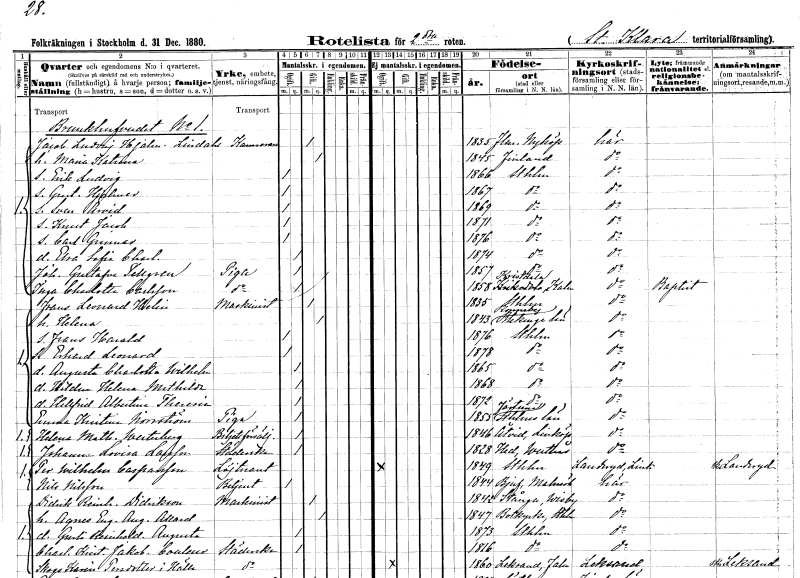
gt_parse: households: individuals: FN: Jacob Ludvig Hjalmar
EN: Lindahl
YRKE: Kamrerare
KON: M
CIV: G
FODAR: 1835
FODFORS: Flen Södermanlands län
FN: Maria Katrina
KON: K
CIV: G
FODAR: 1845
FN: Erik Ludvig
KON: M
CIV: O
FODAR: 1866
FODFORS: Stockholm
FN: Gustaf Hjalmar
KON: M
CIV: O
FODAR: 1867
FODFORS: Stockholm
FN: Sven Arvid
KON: M
CIV: O
FODAR: 1869
FODFORS: Stockholm
FN: Knut Jacob
KON: M
CIV: O
FODAR: 1871
FODFORS: Stockholm
FN: Carl Gunnar
KON: M
CIV: O
FODAR: 1876
FODFORS: Stockholm
FN: Elsa Sofia Charlotta
KON: K
CIV: O
FODAR: 1874
FODFORS: Stockholm
FN: Johanna Gustafva
EN: Tellgren
YRKE: Piga
KON: K
CIV: O
FODAR: 1857
FODFORS: Stockholm
FN: Inga Charlotta
EN: Carlsson
YRKE: Piga
KON: K
CIV: O
FODAR: 1858
FODFORS: Kristdala Kalmar län
FN: Frans Leonard
EN: Helin
YRKE: Maskinist
KON: M
CIV: G
FODAR: 1835
FODFORS: Stockholm
FN: Helena
KON: K
CIV: G
FODAR: 1843
FODFORS: Ronneby Blekinge län
FN: Frans Harald
KON: M
CIV: O
FODAR: 1876
FODFORS: Stockholm
FN: Erhard Leonard
KON: M
CIV: O
FODAR: 1878
FODFORS: Stockholm
FN: Augusta Charlotta Wilhelmina
KON: K
CIV: O
FODAR: 1865
FODFORS: Stockholm
FN: Hildur Helena Mathilda
KON: K
CIV: O
FODAR: 1868
FODFORS: Stockholm
FN: Hellfrid Albertina Theresia
KON: K
CIV: O
FODAR: 1872
FODFORS: Stockholm
FN: Emma Kristina
EN: Norrström
YRKE: Piga
KON: K
CIV: O
FODAR: 1855
FODFORS: Färentuna Stockholms län
FN: Helena Mathilda
EN: Westerberg
YRKE: Biljettförsäljare
KON: K
CIV: O
FODAR: 1846
FODFORS: Åtvid Östergötlands län
FN: Johanna Lovisa
EN: Larsson
YRKE: Städerska
KON: K
CIV: O
FODAR: 1828
FODFORS: Hed Västmanlands län
FN: Per Wilhelm
EN: Casparsson
YRKE: Löjtnant
KON: M
CIV: O
FODAR: 1849
FODFORS: Stockholm
FN: Nils
EN: Nilsson
YRKE: Betjänt
KON: M
CIV: O
FODAR: 1844
FODFORS: Bjuv Malmöhus län